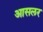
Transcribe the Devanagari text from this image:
आसलर